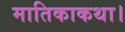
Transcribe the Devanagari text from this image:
मातिकाकथा।